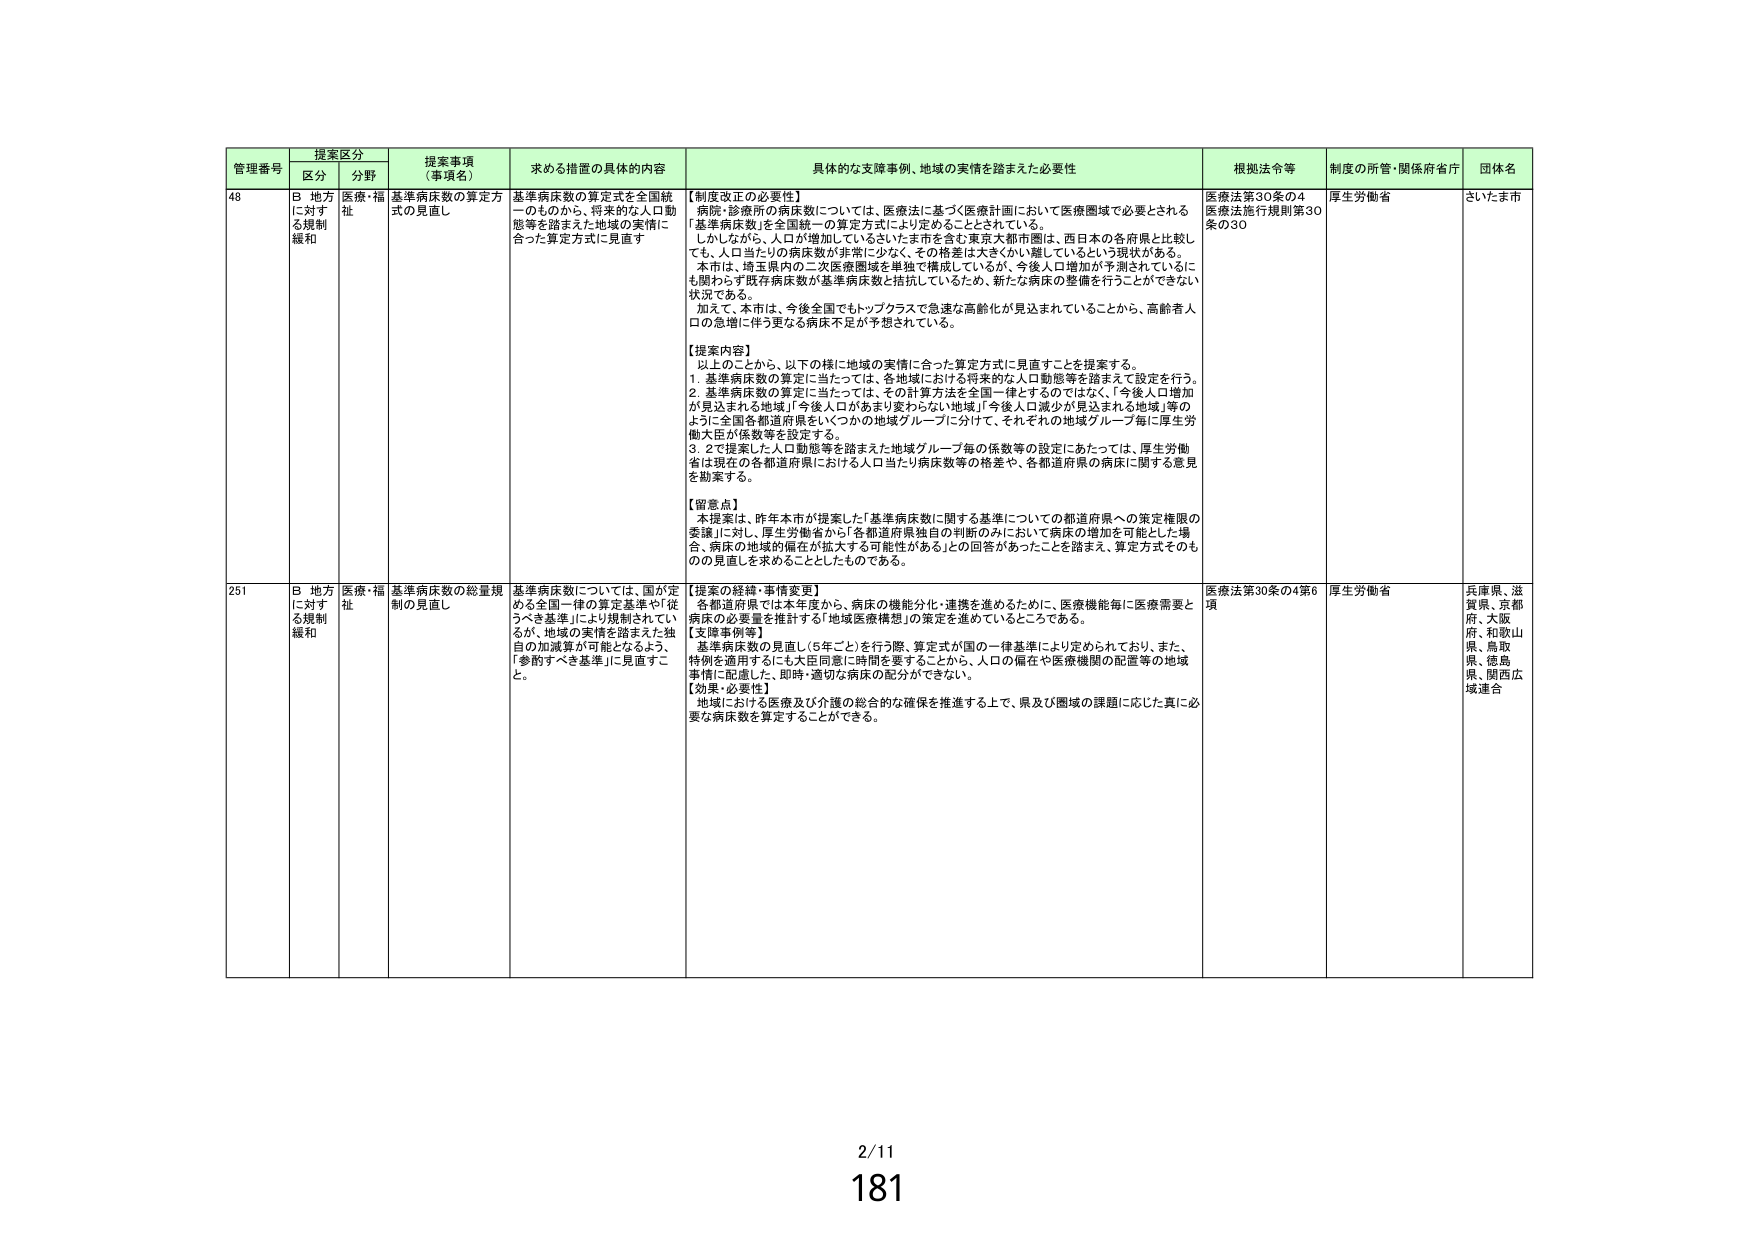
管理番号 提案区分 提案事項（事項名） 求める措置の具体的内容 具体的な支援事例、地域の実情を踏まえた必要性 根拠法令等 制度の所管・関係府省庁 団体名
区分 分野
48 B 地方に対する規制緩和 医療・福祉 基準病床数の算定方式の見直し 基準病床数の算定式を全国統一のものから、将来的な人口動態等を踏まえた地域の実情に合った算定方式に見直す 【制度改正の必要性】
病院・診療所の病床数については、医療法に基づく医療計画において医療圏域で必要とされる「基準病床数」を全国統一の算定方式により定めることとされている。
しかしながら、人口が増加している市を含む東京大都市圏は、西日本の各府県と比較しても、人口当たりの病床数が非常に少なく、その格差は大きくかい離しているという現状がある。
本市は、埼玉県内の二次医療圏域を単独で構成しているが、今後人口増加が予想されているにも関わらず既存病床数が基準病床数と拮抗しているため、新たな病床の整備を行うことができない状況である。
加えて、本市は、今後全国でもトップクラスで急速な高齢化が見込まれていることから、高齢者人口の急増に伴う更なる病床不足が予想されている。
【提案内容】
以上のことから、以下の様に地域の実情に合った算定方式に見直すことを提案する。
1. 基準病床数の算定に当たっては、各地域における将来的な人口動態等を踏まえて設定を行う。
2. 基準病床数の算定に当たっては、その計算方法を全国一律とするのではなく、「今後人口増加が見込まれる地域」「今後人口があまり変わらない地域」「今後人口減少が見込まれる地域」等のように全国各都道府県をいくつかの地域グループに分けて、それぞれの地域グループ毎に厚生労働大臣が係数等を設定する。
3. 2で提案した人口動態等を踏まえた地域グループ毎の係数等の設定にあたっては、厚生労働省は現在の各都道府県における人口当たり病床数等の格差や、各都道府県の病床に関する意見を勘案する。
【留意点】
本提案は、昨年本市が提案した「基準病床数に関する基準についての都道府県への策定権限の委譲」に対し、厚生労働省から「各都道府県独自の判断のみにおいて病床の増加を可能とした場合、病床の地域的偏在が拡大する可能性がある」との回答があったことを踏まえ、算定方式そのものの見直しを求めることとしたものである。
医療法第30条の4 医療法施行規則第30条の30 厚生労働省 さいたま市
251 B 地方に対する規制緩和 医療・福祉 基準病床数の総量規制の見直し 基準病床数については、国が定める全国一律の算定基準や「従うべき基準」により規制されているが、地域の実情を踏まえた独自の加減算が可能となるよう、「参酌すべき基準」に見直すこと。 【提案の経緯・事情変更】
各都道府県では本年度から、病床の機能分化・連携を進めるために、医療機能毎に医療需要と病床の必要量を推計する「地域医療構想」の策定を進めているところである。
【支障事例等】
基準病床数の見直し（5年ごと）を行う際、算定式が国の一律基準により定められており、また、特例を適用するにも大臣同意に時間を要することから、人口の偏在や医療機関の配置等の地域事情に配慮した、即時・適切な病床の配分ができない。
【効果・必要性】
地域における医療及び介護の総合的な確保を推進する上で、県及び圏域の課題に応じた真に必要な病床数を算定することができる。
医療法第30条の4第6項 厚生労働省 兵庫県、滋賀県、京都府、大阪府、和歌山県、鳥取県、徳島県、関西広域連合
2/11
181